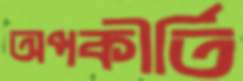
অপকীর্তি